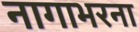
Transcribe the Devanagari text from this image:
नागाभरना